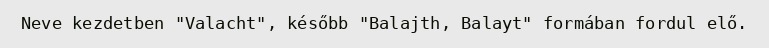
Neve kezdetben "Valacht", később "Balajth, Balayt" formában fordul elő.